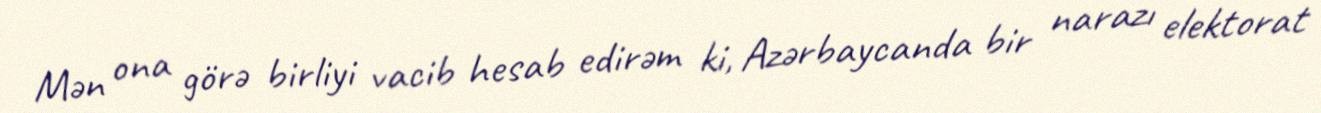
Mən ona görə birliyi vacib hesab edirəm ki, Azərbaycanda bir narazı elektorat